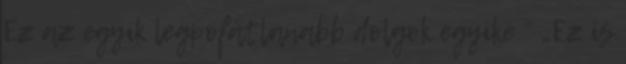
Ez az egyik legpofátlanabb dolgok egyike ” „Ez is